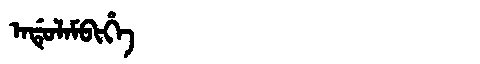
Manchu: ᠠᡩᡠᠯᠠᠮᠪᡳᡥᡝ
Romanization: ADULAMBIHE